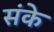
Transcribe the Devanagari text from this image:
संके